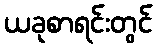
ယခုစာရင်းတွင်